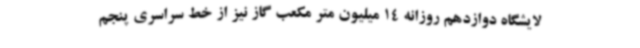
لایشگاه دوازدهم روزانه 14 میلیون متر مکعب گاز نیز از خط سراسری پنجم